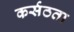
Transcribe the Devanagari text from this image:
कर्सठता